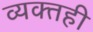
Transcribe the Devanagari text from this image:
व्‍यक्‍तही